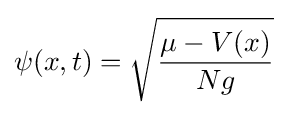
\psi (x,t)={\sqrt {\frac {\mu -V(x)}{Ng}}}